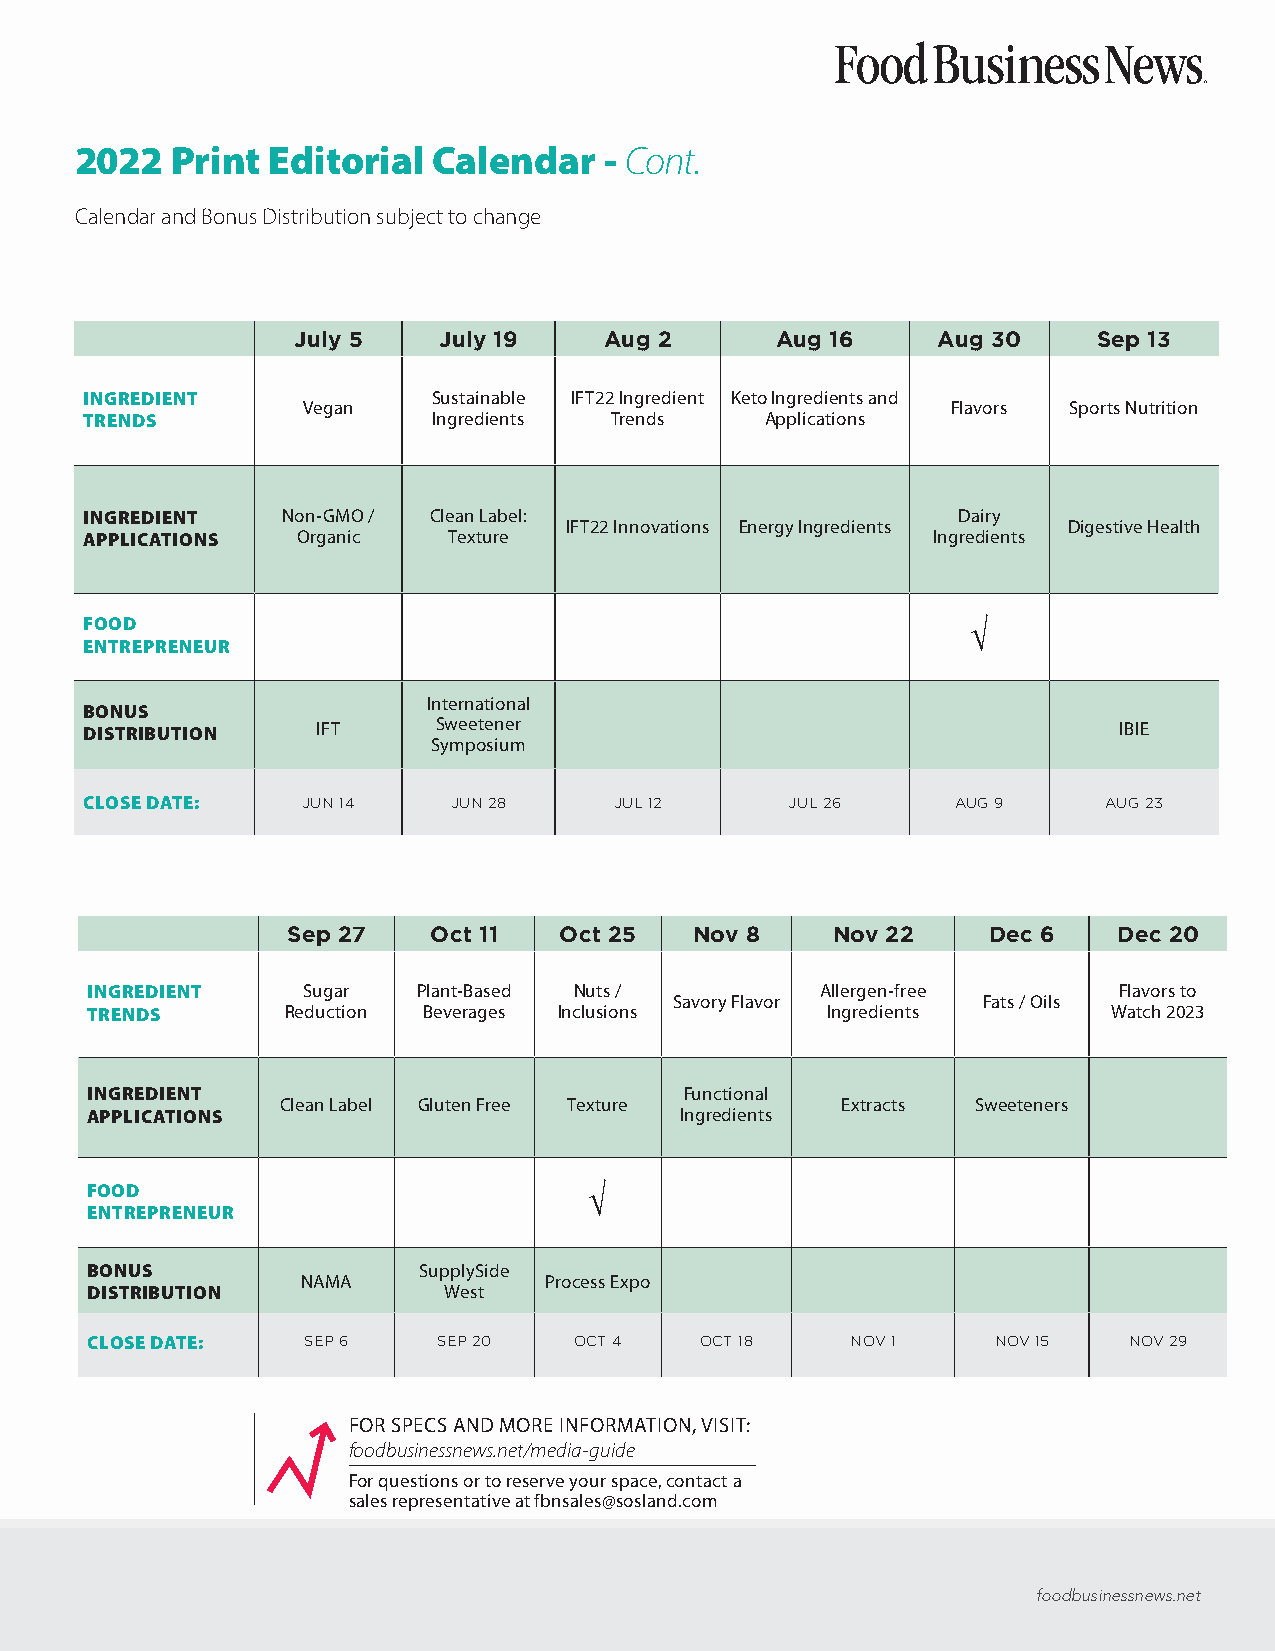
2022  Print  Editorial  Calendar   - Cont.
 Calendar and Bonus Distribution subject to change
 July 5    July 19    Aug 2      Aug 16     Aug 30     Sep 13
 INGREDIENT              Sustainable IFT22 Ingredient Keto Ingredients and
 Vegan                                      Flavors Sports Nutrition
 TRENDS                  Ingredients Trends    Applications
 INGREDIENT    Non-GMO / Clean Label:                      Dairy
 IFT22 Innovations Energy Ingredients Digestive Health
 APPLICATIONS   Organic   Texture                         Ingredients
 FOOD                                                       √
 ENTREPRENEUR
 International
 BONUS
 DISTRIBUTION    IFT     Sweetener                                    IBIE
 Symposium
 CLOSE DATE:    JUN 14    JUN 28     JUL 12     JUL 26     AUG 9     AUG 23
 Sep 27   Oct 11   Oct 25   Nov 8    Nov 22    Dec 6    Dec 20
 INGREDIENT    Sugar   Plant-Based Nuts /        Allergen-free       Flavors to
 Savory Flavor       Fats / Oils
 TRENDS       Reduction Beverages Inclusions      Ingredients        Watch 2023
 INGREDIENT                             Functional
 Clean Label Gluten Free Texture      Extracts Sweeteners
 APPLICATIONS                           Ingredients
 FOOD                             √
 ENTREPRENEUR
 BONUS                 SupplySide
 NAMA            Process Expo
 DISTRIBUTION           West
 CLOSE DATE:   SEP 6    SEP 20   OCT 4   OCT 18    NOV 1     NOV 15   NOV 29
 FOR SPECS AND MORE INFORMATION, VISIT:
 foodbusinessnews.net/media-guide
 For questions or to reserve your space, contact a
 sales representative at fbnsales@sosland.com
 foodbusinessnews.net